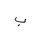
Letter: _ba